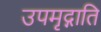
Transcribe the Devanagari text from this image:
उपमृद्गाति